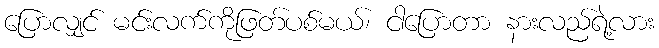
ပြောလျှင် မင်းလက်ကိုဖြတ်ပစ်မယ်၊ ငါပြောတာ နားလည်ရဲ့လား